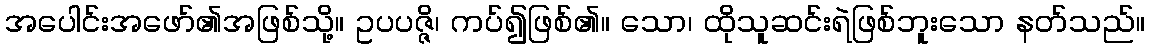
အပေါင်းအဖော်၏အဖြစ်သို့။ ဥပပဇ္ဇိ၊ ကပ်၍ဖြစ်၏။ သော၊ ထိုသူဆင်းရဲဖြစ်ဘူးသော နတ်သည်။